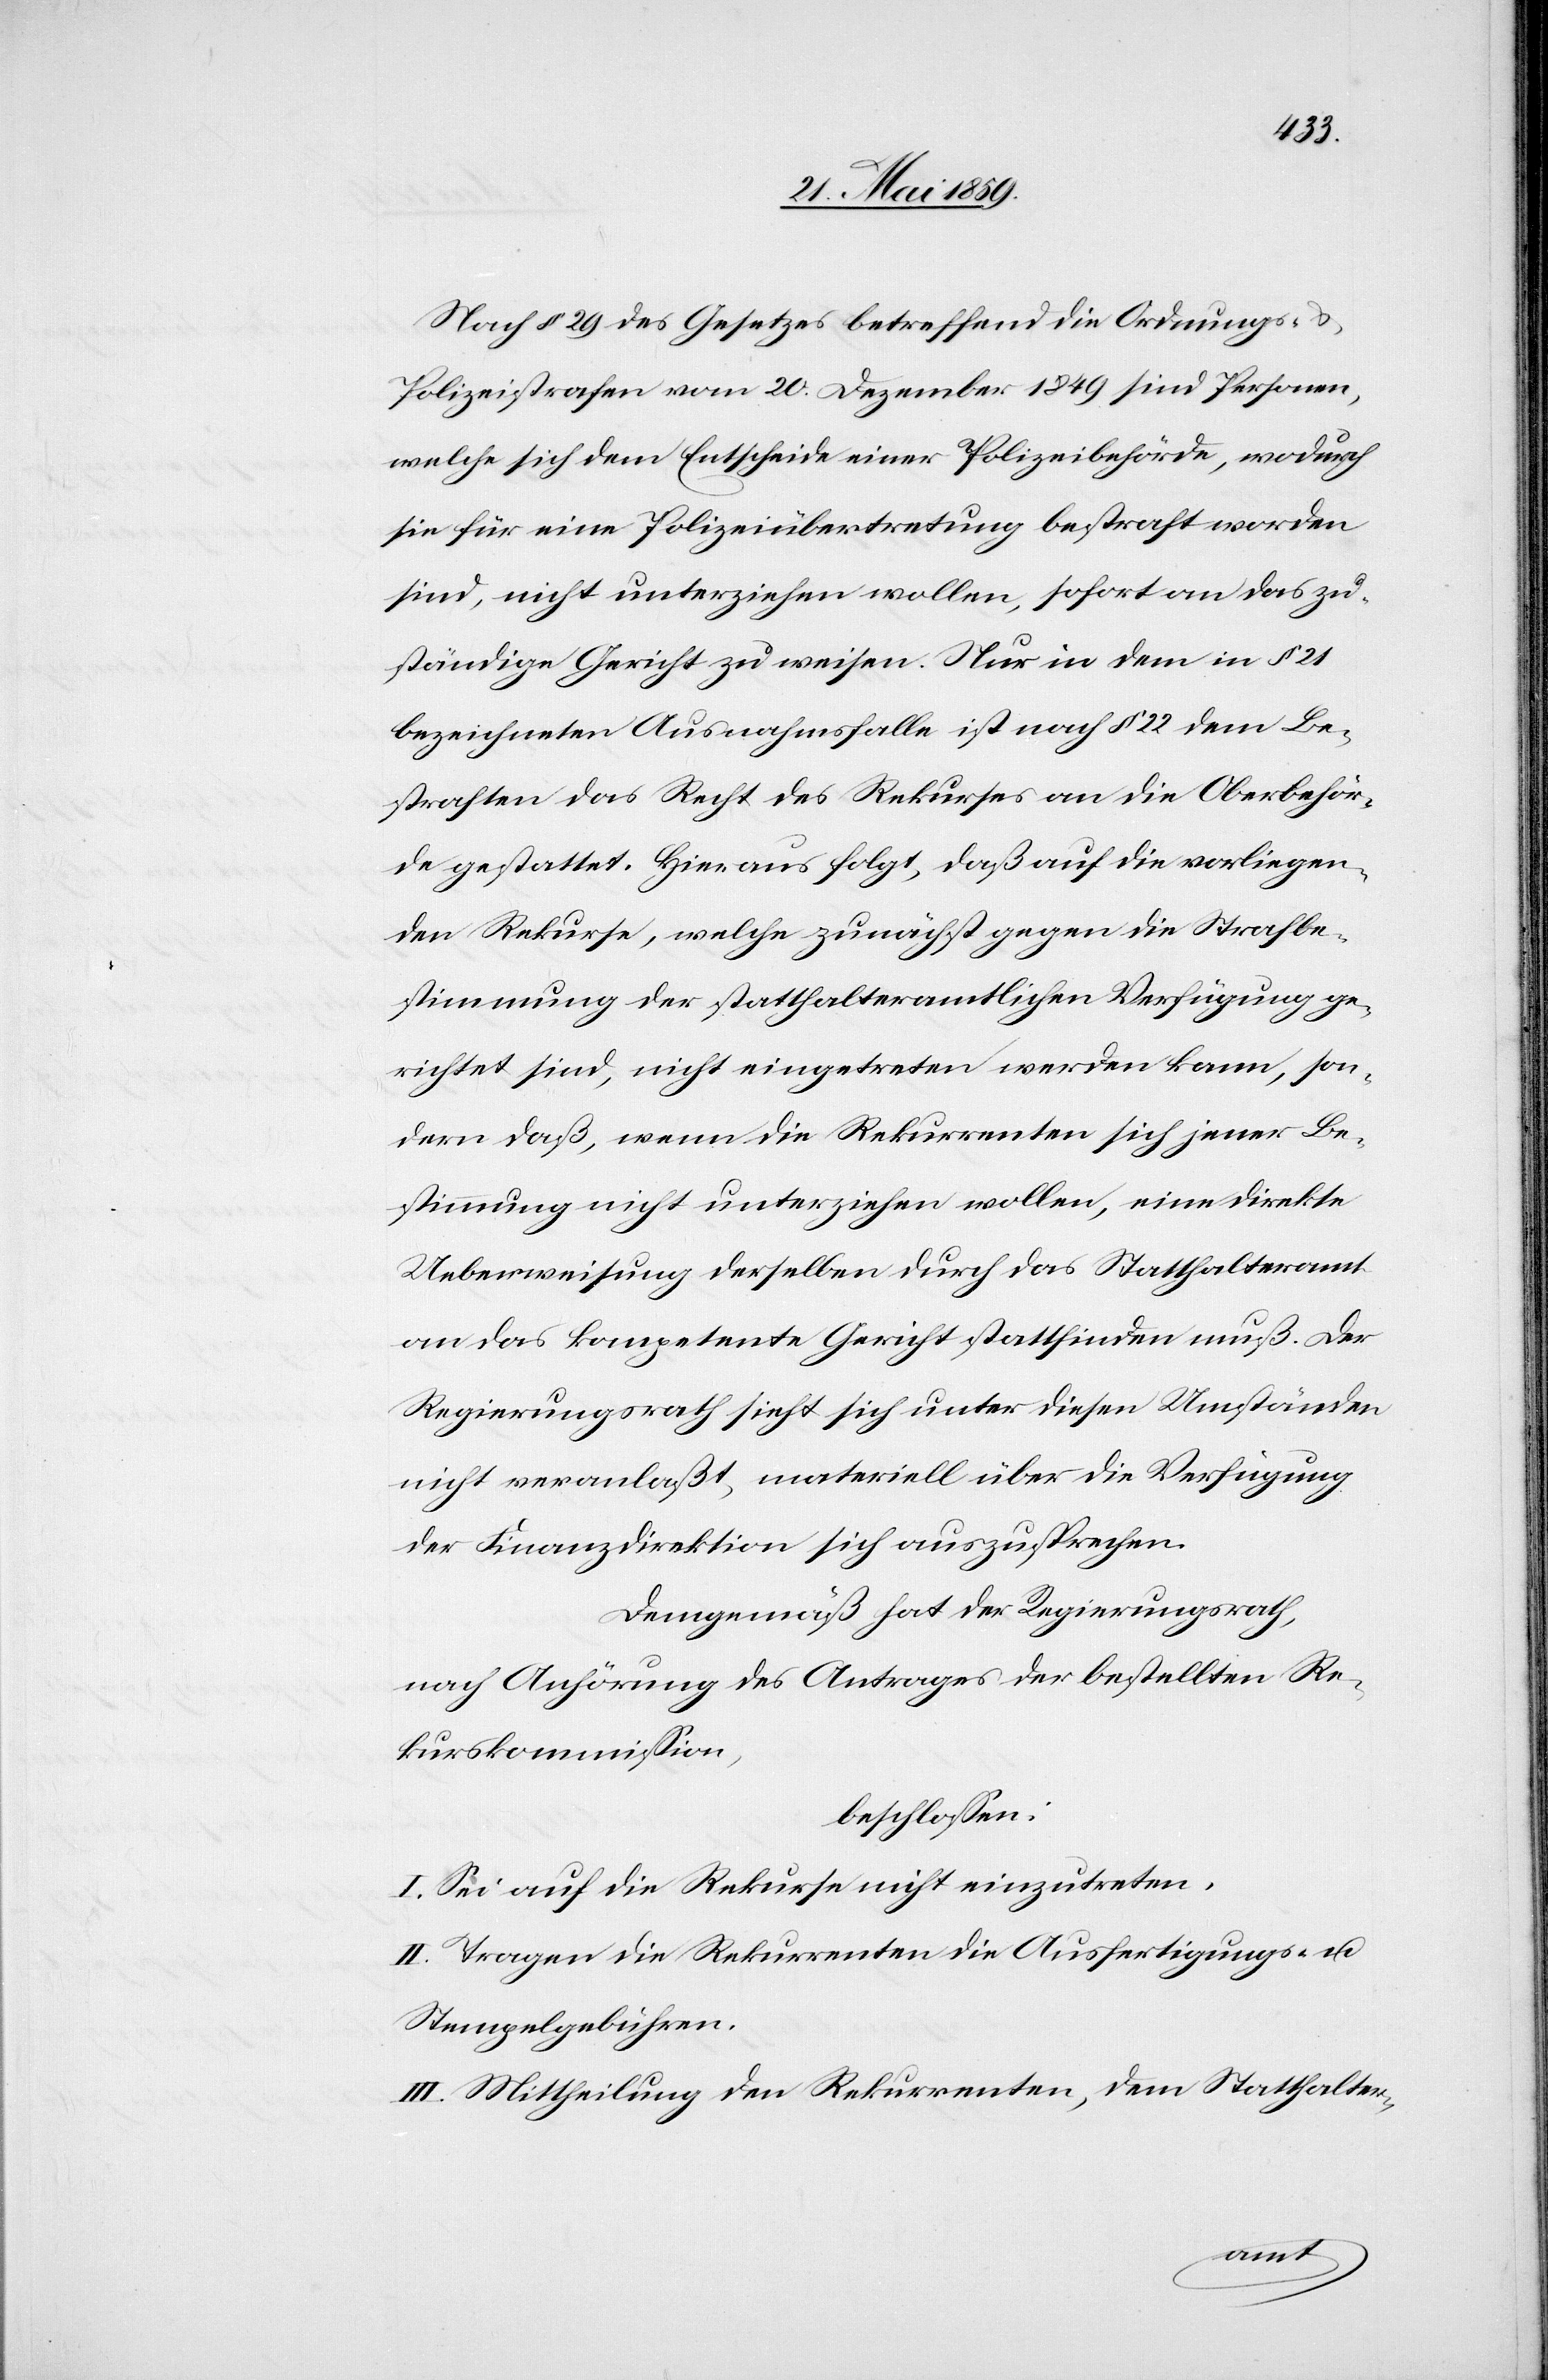
Nach § 29 des Gesetzes betreffend die Ordnungs-
Polizeistrafen vom 20. Dezember 1849 sind Personen,
welche sich dem Entscheide einer Polizeibehörde, wodurch
sie für eine Polizeiübertretung bestraft worden
sind, nicht unterziehen wollen, sofort an das zu¬
ständige Gericht zu weisen. Nur in dem in § 21
bezeichneten Ausnahmsfalle ist nach § 22 dem Be¬
straften das Recht des Rekurses an die Oberbehör¬
de gestattet. Hieraus folgt, daß auf die vorliegen¬
den Rekurse, welche zunächst gegen die Strafbe¬
stimmung der statthalteramtlichen Verfügung ge¬
richtet sind, nicht eingetreten werden kann, son¬
dern daß, wenn die Rekurrenten sich jener Be¬
stimmung nicht unterziehen wollen, eine direkte
Ueberweisung derselben durch das Statthalteramt
an das kompetente Gericht stattfinden muß. Der
Regierungsrath sieht sich unter diesen Umständen
nicht veranlaßt, materiell über die Verfügung
der Finanzdirektion sich auszusprechen.
Demgemäß hat der Regierungsrath,
nach Anhörung des Antrages der bestellten Re¬
kurskommission,
beschlossen:
I. Sei auf die Rekurse nicht einzutreten.
II. Tragen die Rekurrenten die Ausfertigungs- u.
Stempelgebühren.
III. Mittheilung den Rekurrenten, dem Statthalter-